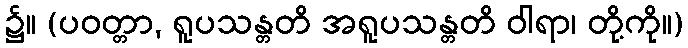
၌။ (ပဝတ္တာ, ရူပသန္တတိ အရူပသန္တတိ ဝါရာ၊ တို့ကို။)